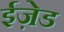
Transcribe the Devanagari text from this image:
ईज़ेड